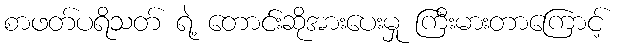
စာဖတ်ပရိသတ် ရဲ့ တောင်းဆိုအားပေးမှု ကြီးမားတာကြောင့်